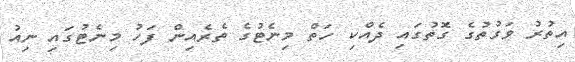
އިތުރު ވަގުތުގެ ގޮތުގައި ދެއްކި ހަތް މިނެޓުގެ ތެރެއިން ފަހު މިނެޓުގައި ނިއު